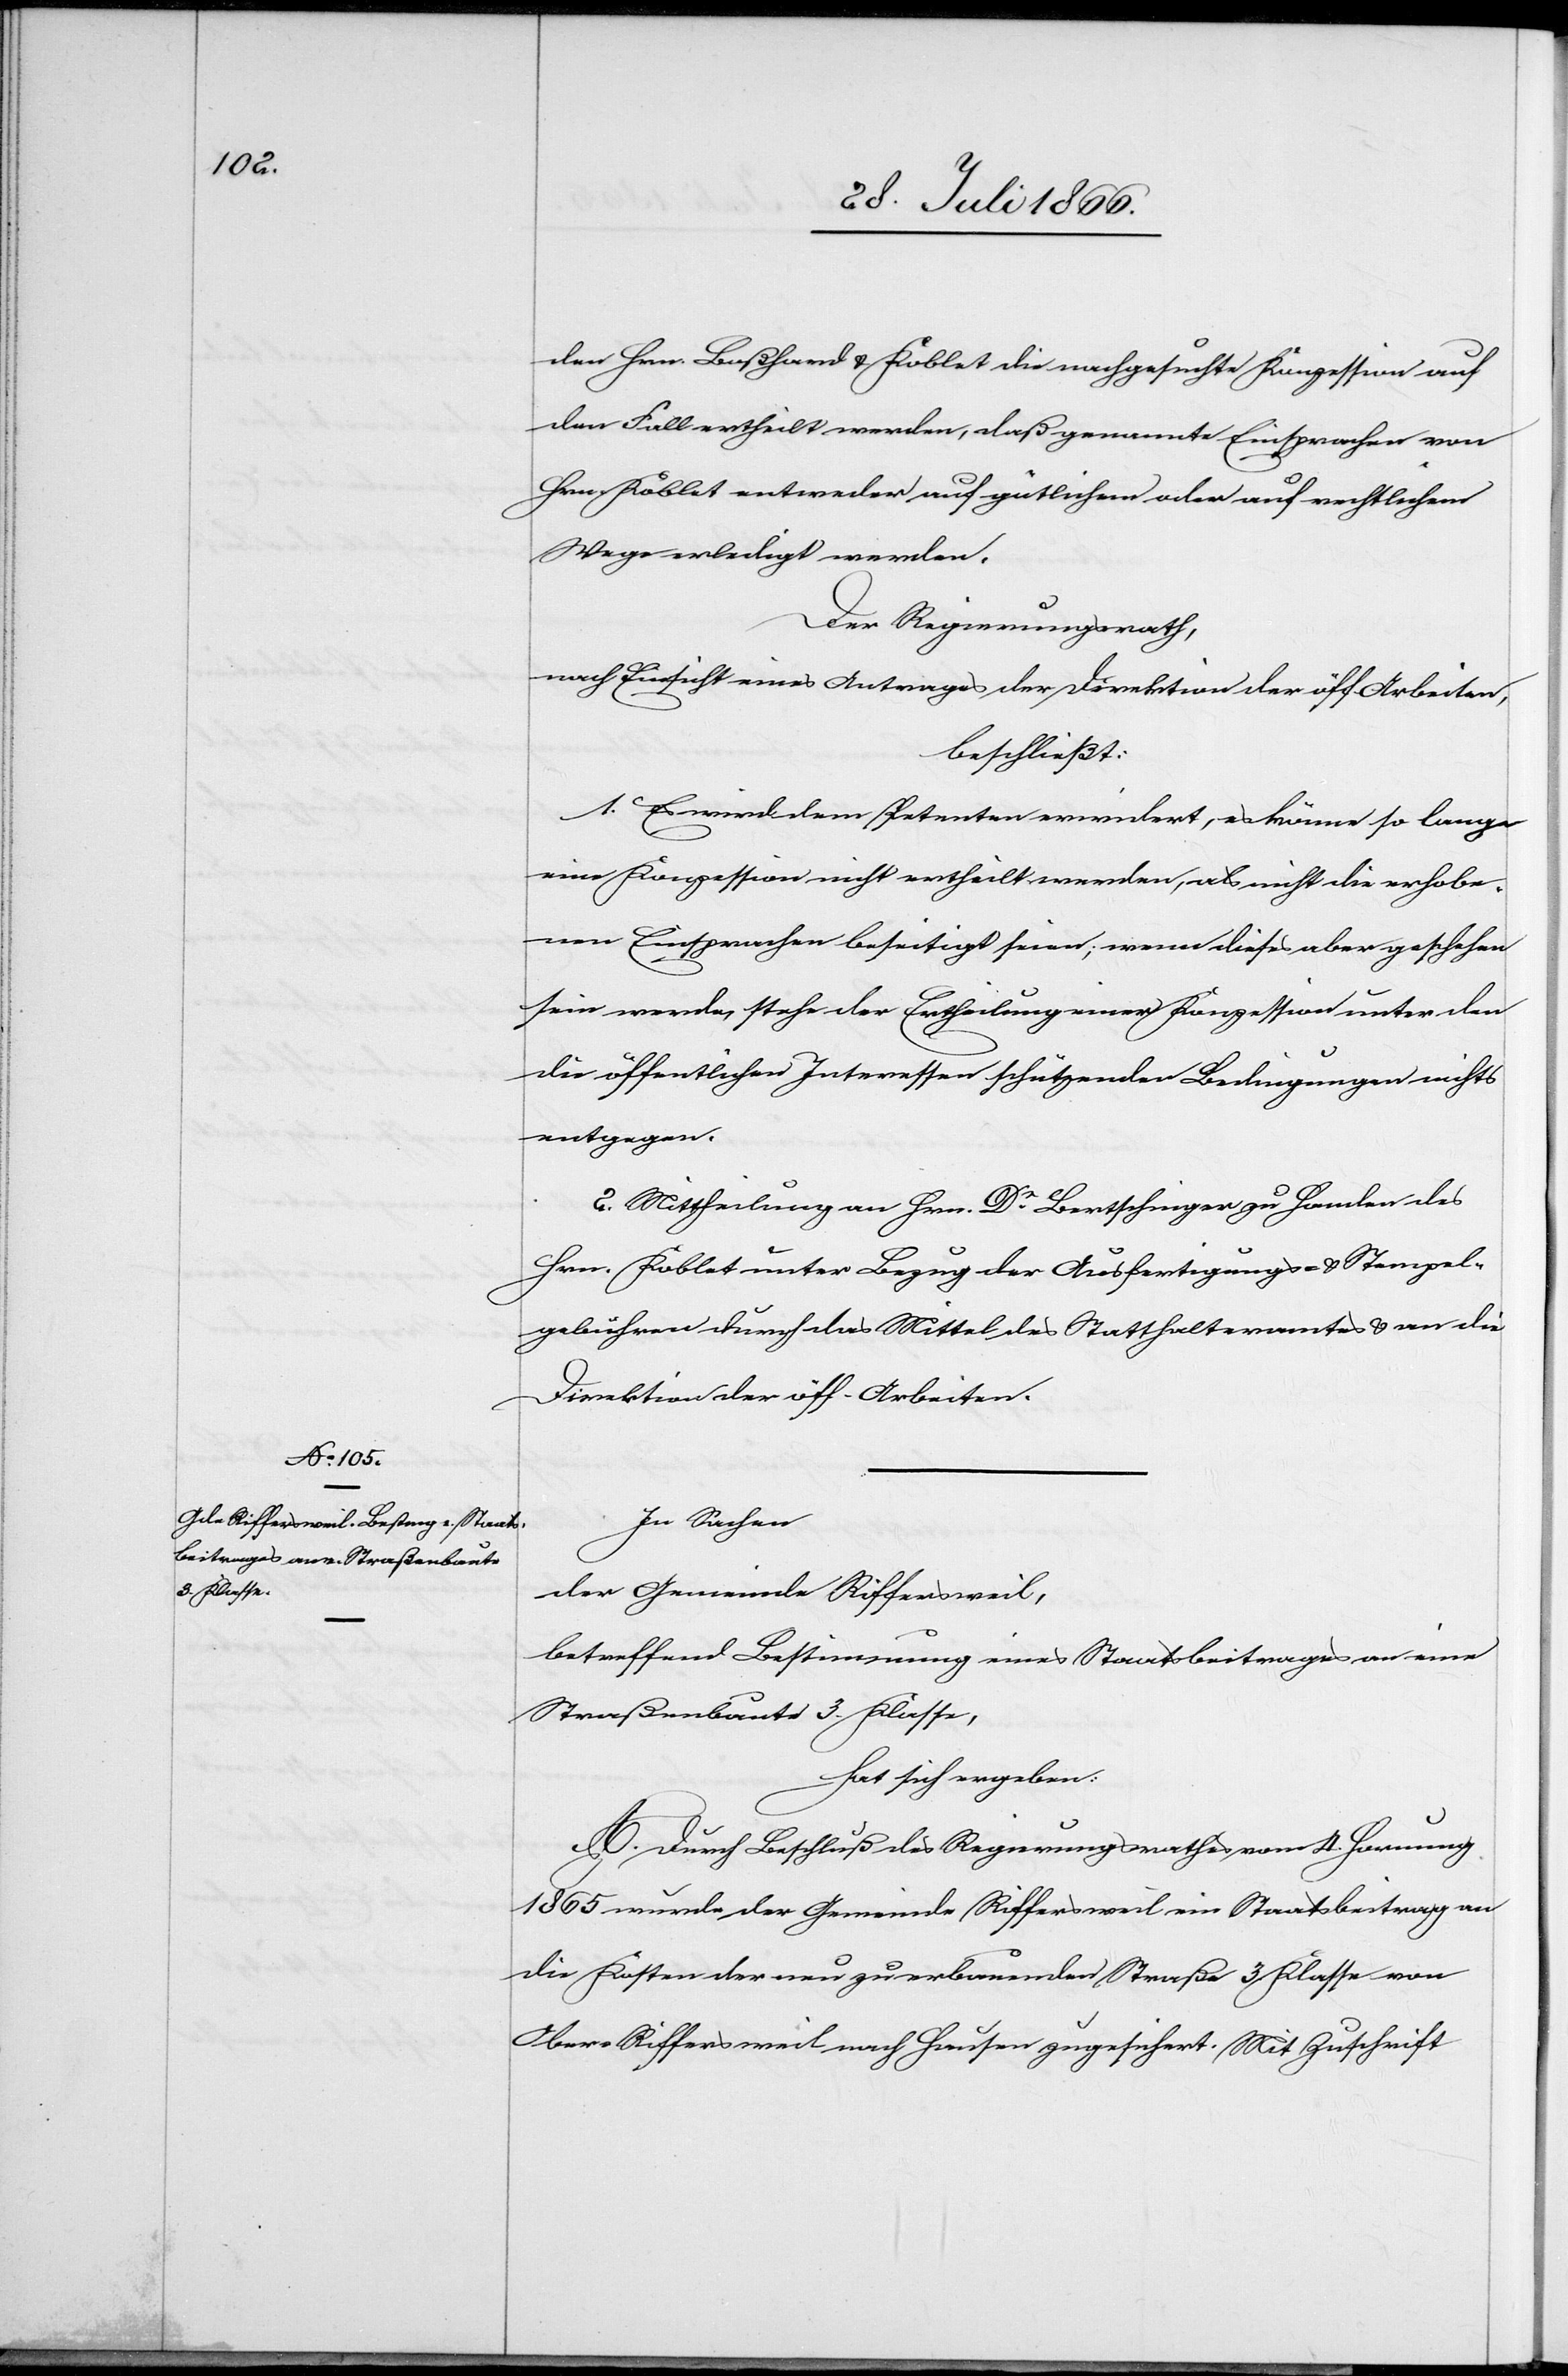
den Hrn. Boßhard u. Koblet die nachgesuchte Konzession auf
den Fall ertheilt werden, daß genannte Einsprachen von
Hrn. Koblet entweder auf gütlichem oder auf rechtlichem
Wege erledigt werden.
Der Regierungsrath,
nach Einsicht eines Antrages der Direktion der öff. Arbeiten,
beschließt:
1. Es wird dem Petenten erwiedert, es könne so lange
eine Konzession nicht ertheilt werden, als nicht die erhobe¬
nen Einsprachen beseitigt seien; wenn dieses aber geschehen
sein werde, steht der Ertheilung einer Konzession unter den
die öffentlichen Interessen schützenden Bedingungen nichts
entgegen.
2. Mittheilung an den Hrn. Dr. Bertschinger zur Handen des
Hrn. Koblet unter Bezug der Ausfertigungs- u. Stempel¬
gebühren durch das Mittel des Statthalteramtes u. an die
Direktion der öff. Arbeiten.
In Sachen
der Gemeinde Riffersweil,
betreffend Bestimmung eines Staatsbeitrages an eine
Straßenbaute 3. Klasse,
hat sich ergeben:
A. Durch Beschluß des Regierungsrathes vom 4. Hornung
1865 wurde der Gemeinde Riffersweil ein Staatsbeitrag an
die Kosten der neu zu erbauenden Straße 3. Klasse von
Ober-Riffersweil nach Hausen zugesichert. Mit Zuschrift